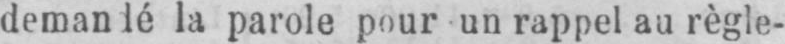
la parole pour un rappel au règle-